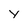
Character: y